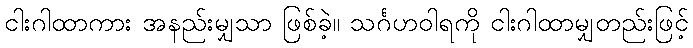
ငါးဂါထာကား အနည်းမျှသာ ဖြစ်ခဲ့။ သင်္ဂဟဝါရကို ငါးဂါထာမျှတည်းဖြင့်